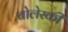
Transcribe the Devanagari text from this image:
चोलेस्की